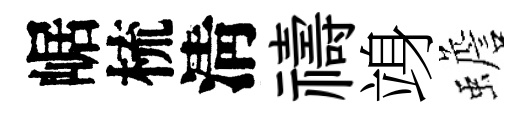
崌梳淸禱竧蟾